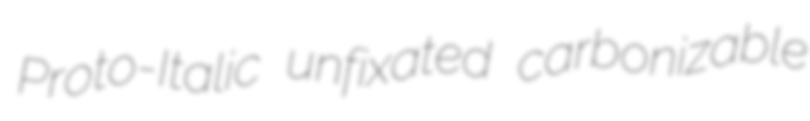
Proto-Italic unfixated carbonizable